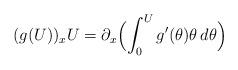
LaTeX: \begin{align*}(g(U))_xU=\partial_x\Bigl(\int_0^U g'(\theta)\theta \,d\theta\Bigr) \end{align*}